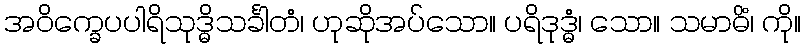
အဝိက္ခေပပါရိသုဒ္ဓိသင်္ခါတံ၊ ဟုဆိုအပ်သော။ ပရိဒုဒ္ဓံ၊ သော။ သမာဓိံ၊ ကို။